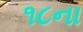
૧૮ના